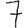
Digit: 7